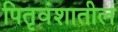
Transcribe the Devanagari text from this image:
पितृवंशातील